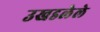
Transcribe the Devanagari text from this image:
उखडलेले